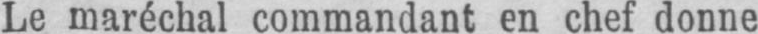
Le maréchal commandant en chef donne